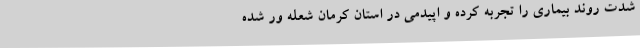
شدت روند بیماری را تجربه کرده و اپیدمی در استان کرمان شعله ور شده